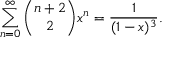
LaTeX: \sum _ { n = 0 } ^ { \infty } { \binom { n + 2 } { 2 } } x ^ { n } = { \frac { 1 } { ( 1 - x ) ^ { 3 } } } .